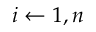
i \gets 1 , n